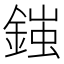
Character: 𨩪